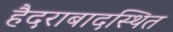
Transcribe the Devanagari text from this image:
हैदराबादस्थित